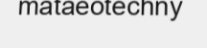
mataeotechny